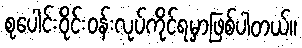
စုပေါင်းဝိုင်းဝန်းလုပ်ကိုင်ရမှာဖြစ်ပါတယ်။